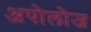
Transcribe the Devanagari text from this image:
अपोलोज